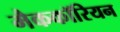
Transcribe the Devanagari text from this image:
मैककॉरियन